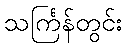
သင်္ကြန်တွင်း